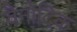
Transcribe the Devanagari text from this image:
वैनोदिक